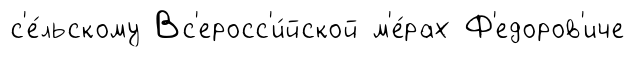
с'е́льскому Вс'еросс'и́йской м'е́рах Ф'едоров'иче